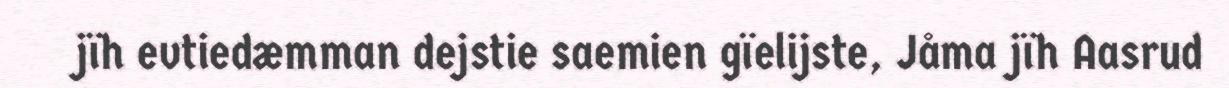
jïh evtiedæmman dejstie saemien gïelijste, Jåma jïh Aasrud